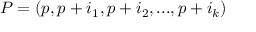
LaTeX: P = ( p , p + i _ { 1 } , p + i _ { 2 } , . . . , p + i _ { k } )